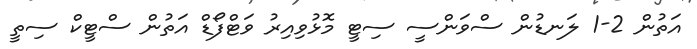
އަތުން 2-1 ލަނޑުން ސްވަންސީ ސިޓީ މޮޅުވިއިރު ވަޓްފޯޑް އަތުން ސްޓީކް ސިތީ